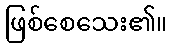
ဖြစ်စေသေး၏။